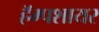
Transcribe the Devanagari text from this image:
हॅम्पशायर